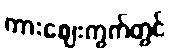
ကားဈေးကွက်တွင်